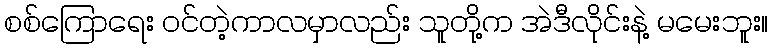
စစ်ကြောရေး ဝင်တဲ့ကာလမှာလည်း သူတို့က အဲဒီလိုင်းနဲ့ မမေးဘူး။